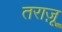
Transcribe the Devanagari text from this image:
तराज़ू़